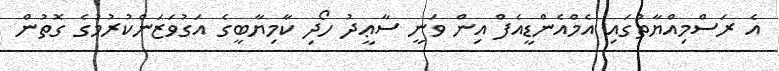
އެ ރަސްމިއްޔާތުގައި އެމްއެންޑީއެފް އިން ވަނީ ސާޢީދު ހޯދި ކާމިޔާބީގެ އަގުވަޒަންކުރުމުގެ ގޮތުން